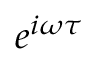
e ^ { i \omega \tau }